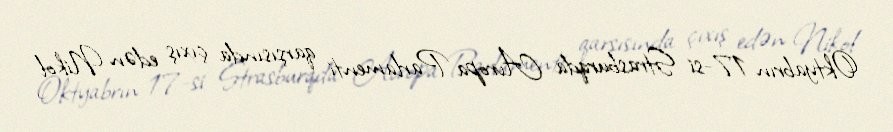
Oktyabrın 17-si Strasburqda Avropa Parlamenti qarşısında çıxış edən Nikol